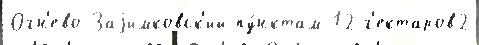
Огн'ево-Заjимковск'ий пу́нктам 12 г'ектаров2